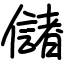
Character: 儲